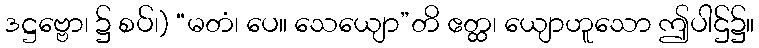
ဒဋ္ဌဗ္ဗော၊ ၌ စပ်၊) “မတံ၊ ပေ။ သေယျော”တိ ဧတ္ထ၊ ယျောဟူသော ဤပါဌ်၌။